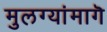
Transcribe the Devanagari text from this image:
मुलग्यांमागॆ